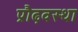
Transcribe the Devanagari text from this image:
प्रौढ़वस्था